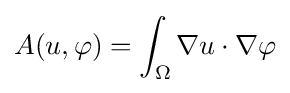
A(u,\varphi )=\int _{\Omega }\nabla u\cdot \nabla \varphi